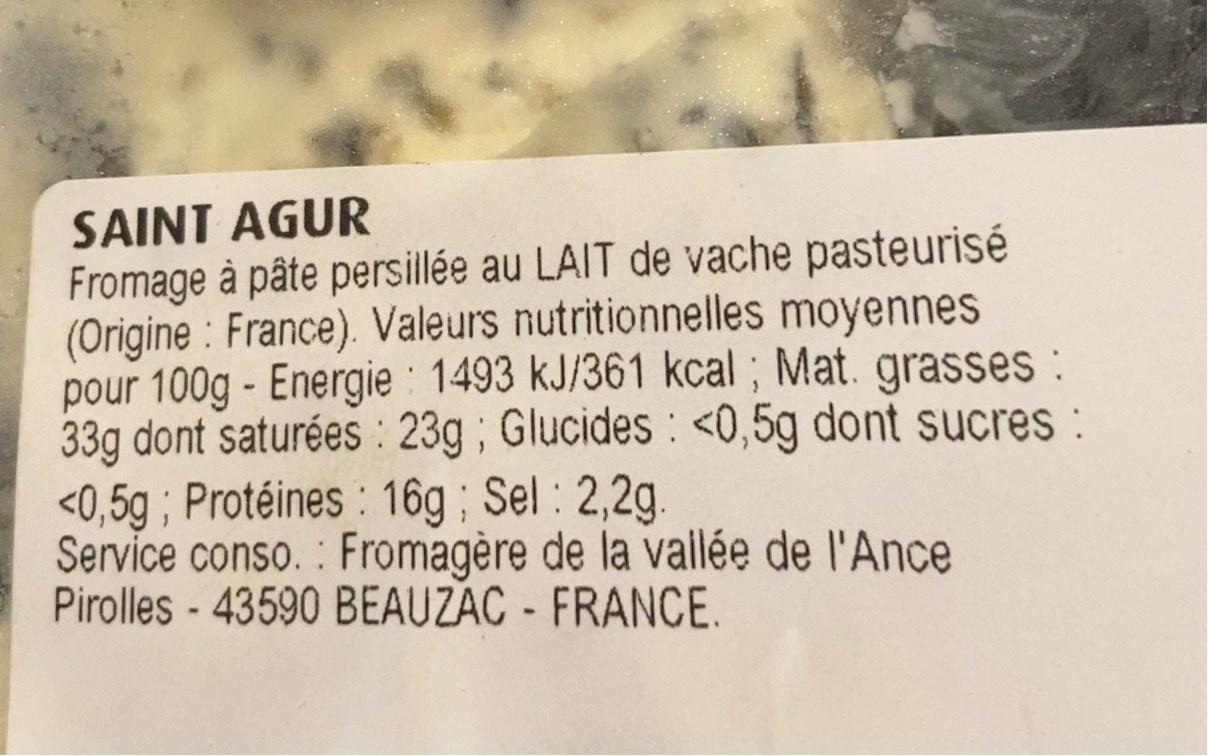
SAINT AGUR Fromage à pâte persillée au LAIT de vache pasteurisé (Origine : France). Valeurs nutritionnelles moyennes pour 100g - Energie : 1493 kJ/361 kcal ; Mat. grasses : 33g dont saturées : 23g ; Glucides: <0,5g dont sucres : <0,5g ; Protéines : 16g ; Sel : 2,2g Service conso. : Fromagère de la vallée de l'Ance Pirolles - 43590 BEAUZAC - FRANCE.